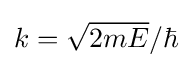
{\textstyle k={\sqrt {2mE}}/\hbar }